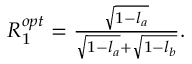
\begin{array} { r } { R _ { 1 } ^ { o p t } = \frac { \sqrt { 1 - l _ { a } } } { \sqrt { 1 - l _ { a } } + \sqrt { 1 - l _ { b } } } . } \end{array}